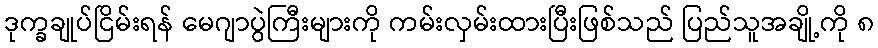
ဒုက္ခချုပ်ငြိမ်းရန် မေဂျာပွဲကြီးများကို ကမ်းလှမ်းထားပြီးဖြစ်သည် ပြည်သူအချို့ကို ၈